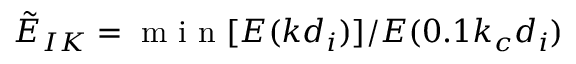
\tilde { E } _ { I K } = \mathrm { ~ m ~ i ~ n ~ } [ E ( k d _ { i } ) ] / E ( 0 . 1 k _ { c } d _ { i } )